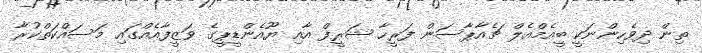
ތިން ދިވެހިންނަކީ ބީއެމްއެލް ޗެއާޕާސަން ފަރީހާ ޝަރީފް އާއި ޔޫއެންޑީޕީގެ ވަޒީފާއެއްގައި މަސައްކަތްކުރާ